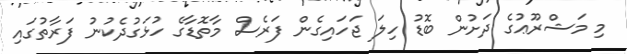
މި މަޝްރޫޢުގެ ދަށުން ބޮޑު ހިލަ ޖަހައިގެން ފަރެސް މާތޮޑާގެ ހުޅަގުދެކުނު ފަރާތުގައި